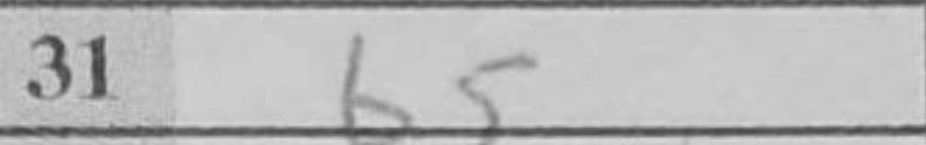
Transcription: b5